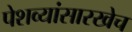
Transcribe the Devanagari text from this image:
पेशव्यांसारखेच